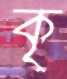
কৃ